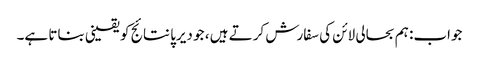
جواب: ہم بحالی لائن کی سفارش کرتے ہیں ، جو دیرپا نتائج کو یقینی بناتا ہے۔